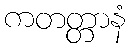
ကတတ္တာနံ